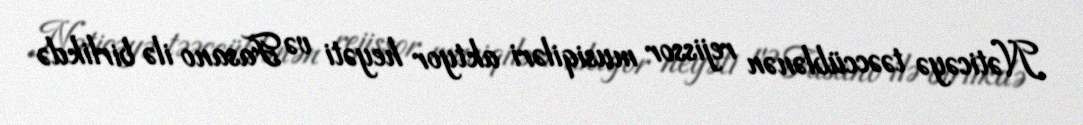
Nəticəyə təəccüblənən rejissor musiqiləri aktyor heyəti və Fasano ilə birlikdə